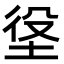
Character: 垼